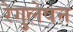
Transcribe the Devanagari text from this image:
रेगुलेषन